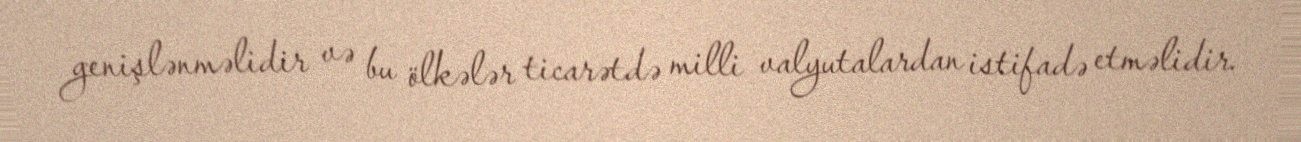
genişlənməlidir və bu ölkələr ticarətdə milli valyutalardan istifadə etməlidir.